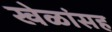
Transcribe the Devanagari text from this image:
खेळांसह